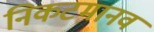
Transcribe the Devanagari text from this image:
निकटमानव